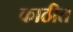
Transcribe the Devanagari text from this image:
काठीत